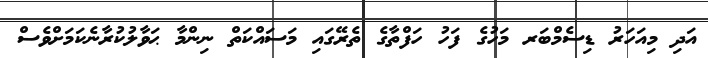
އަދި މިއަހަރު ޑިސެމްބަރ މަހުގެ ފަހު ހަފްތާގެ ތެރޭގައި މަސައްކަތް ނިންމާ ޙަވާލުކުރާނެކަމަށްވެސް